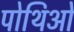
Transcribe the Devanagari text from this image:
पोथिओं